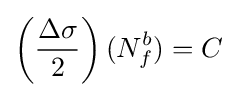
\left({\frac {\Delta \sigma }{2}}\right)(N_{f}^{b})=C